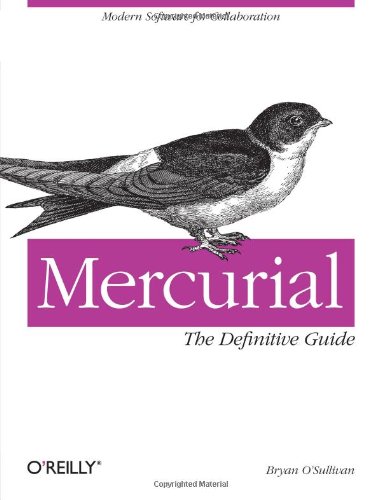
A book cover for Mercurial: The Definitive Guide; Bryan O'Sullivan; Computers & Technology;